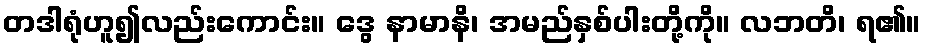
တဒါရုံဟူ၍လည်းကောင်း။ ဒွေ နာမာနိ၊ အမည်နှစ်ပါးတို့ကို။ လဘတိ၊ ရ၏။